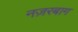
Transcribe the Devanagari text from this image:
नज़रबाग